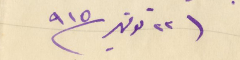
٢٢ نوفمبر سنة ٩١٥